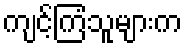
ကျင့်ကြံသူများက